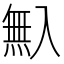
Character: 𠓺